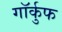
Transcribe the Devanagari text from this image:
गॉर्कुफ